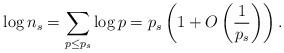
LaTeX: \begin{align*}\log n_s= \sum_{p \leq p_s}\log p=p_s\left(1+O\left(\frac{1}{ p_s}\right)\right).\end{align*}